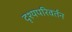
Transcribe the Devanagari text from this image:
दृश्यपरिवर्तन